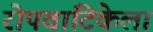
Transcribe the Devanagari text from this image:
रोपवाटिकेला